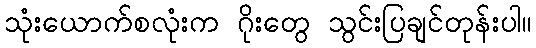
သုံးယောက်စလုံးက ဂိုးတွေ သွင်းပြချင်တုန်းပါ။